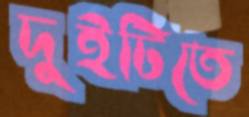
দুইটিতে